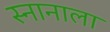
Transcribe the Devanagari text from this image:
स्नानाला